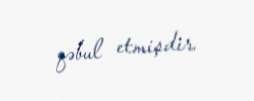
qəbul etmişdir.